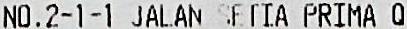
NO.2-1-1 JALAN SETIA PRIMA Q